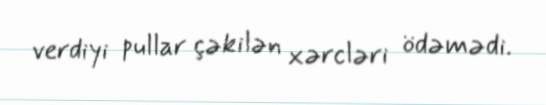
verdiyi pullar çəkilən xərcləri ödəmədi.